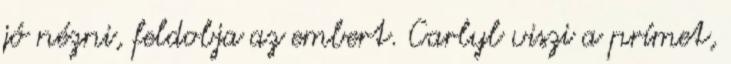
jó nézni, feldobja az embert. Carlyl viszi a prímet,